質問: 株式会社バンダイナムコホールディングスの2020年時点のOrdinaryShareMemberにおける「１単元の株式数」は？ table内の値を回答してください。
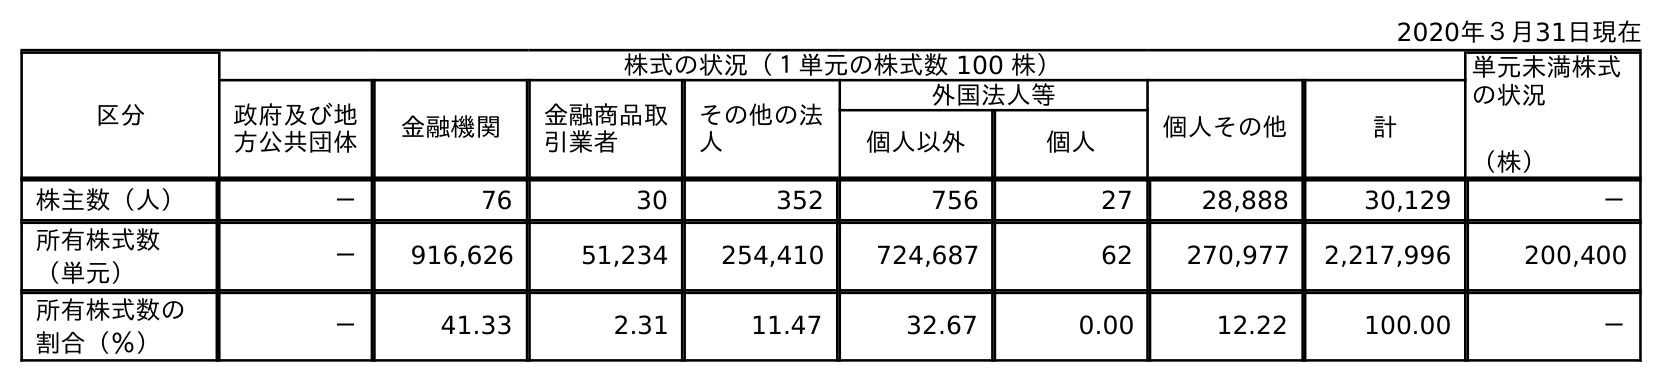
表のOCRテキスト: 2020年３月31日現在 区分 株式の状況（１単元の株式数 100 株） 単元未満株式 の状況 （株） 政府及び地 方公共団体 金融機関 金融商品取 引業者 その他の法 人 外国法人等 個人その他 計 個人以外 個人 株主数（人） － 76 30 352 756 27 28,888 30,129 － 所有株式数 （単元） － 916,626 51,234 254,410 724,687 62 270,977 2,217,996 200,400 所有株式数の 割合（％） － 41.33 2.31 11.47 32.67 0.00 12.22 100.00 －
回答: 株式の状況（１単元の株式数100株）